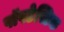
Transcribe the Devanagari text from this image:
पॉपटेस्टिक